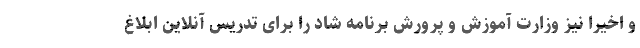
و اخیرا نیز وزارت آموزش و پرورش برنامه شاد را برای تدریس آنلاین ابلاغ